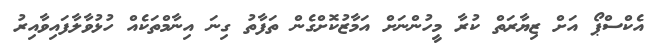
އެކްސްޕޯ އަށް ޒިޔާރަތް ކުރާ މީހުންނަށް އަމާޒުކޮށްގެން ތަފާތު ގިނަ އިނާމްތަކެއް ހުޅުވާލާފައިވާއިރު